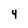
Character: 4